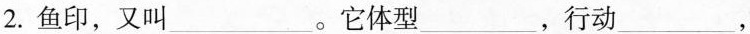
2.鱼印，又叫___。它体型___，行动___，